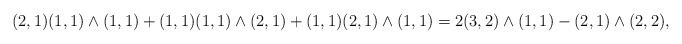
\begin{align*}(2,1)(1,1)\wedge(1,1) + (1,1)(1,1)\wedge(2,1) + (1,1)(2,1) \wedge (1,1) = 2 (3,2)\wedge (1,1) - (2,1)\wedge(2,2),\end{align*}